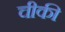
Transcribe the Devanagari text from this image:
चीकी